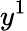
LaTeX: y^{1}